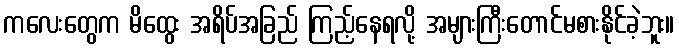
ကလေးတွေက မိထွေး အရိပ်အခြည် ကြည့်နေရလို့ အများကြီးတောင်မစားနိုင်ခဲ့ဘူး။